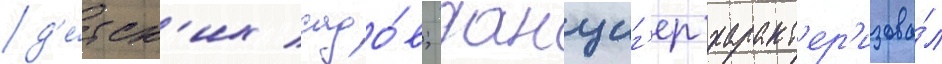
д'е́тск'их садо́в; данциг'ер характ'ер'изова́л